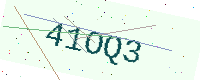
Text: 41OQ3